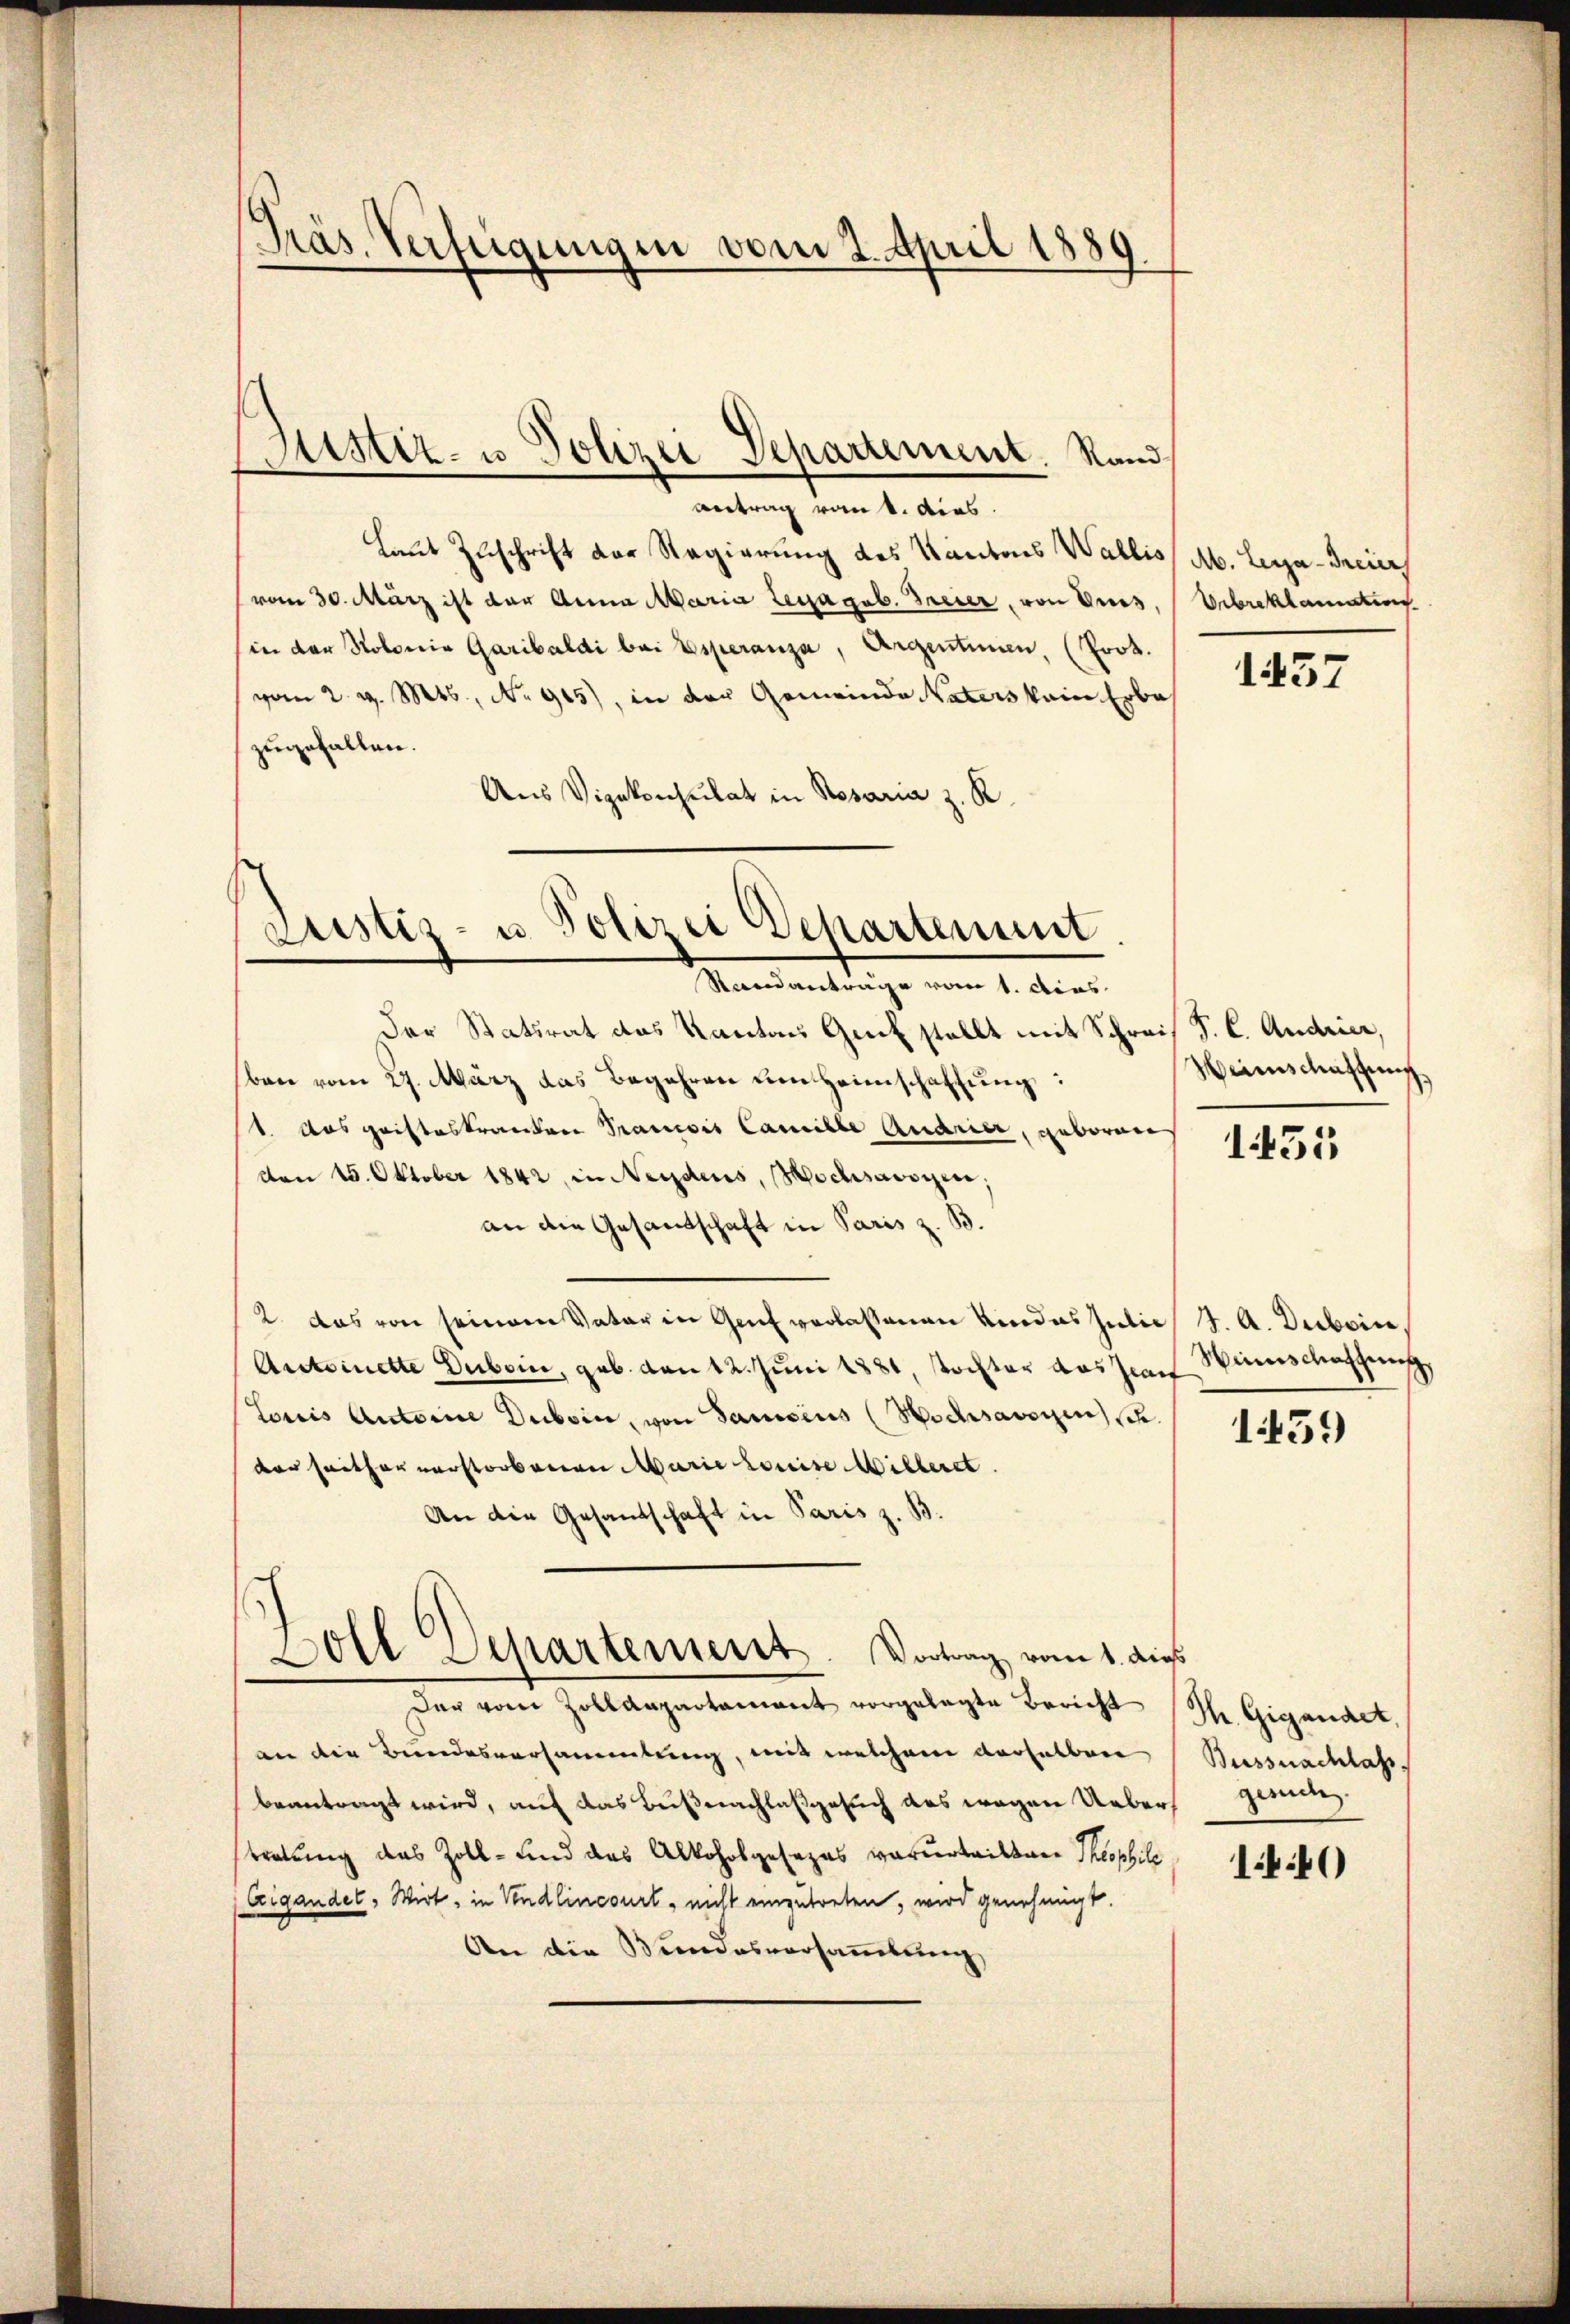
antrag vom 1. dies.
Laut Zuschrift vor Regierung des Kantons Wallis Ab. Leya-Freier
(vom 30. März ist der Anna Maria Leyagab. Freier, von Eues,
in der Notoria Garibaldi bei Esperanza, Argentinen, (Prot.
vom 2. d. Mts., No 915), in der Gemeinde Vaters kein Erbe
zugefallen.
Aus Vizekonsulat in Rosaria z. R.

Präs. Verfügungen vom 2. April 1889

Justiz- u. Polizei Departement. Rand

Justiz- u. Polizei Departement
Randantrage vom 1. dies

Der Statsrat das Kantons Genf stellt mit Schreis S. C. Andrier,
ben vom 27. März das Begehren um Heimschaffung:
1. Aus geisteskranten Trauris Camille Quarier, geboren
don 15. Oktober 1842, in Neidens, Hochsavoyen;
an die Gesantschaft in Paris z. B.
2. Das von seinem Vater in Genf verlassenen Kindes Julii J. A. Duboin
Antoinette Duboin, geb. den 12. Juni 1881, stochter das Zeit
Loris Autorie Duboin, von Janisius (Hochsavoyen (S.
der seither verstorbenen Marie Louise Willeret
An die Gesandtschaft in Paris z. B.
Boll Separtement. Vortrag vom 1. dies
Der von Zolldepartament vorgelegte Bericht
an die Bundesversammlung, mit welchem derselben
beantragt wird, auf das Büßnachlaßgesuch des wegen Uebers gerich
tretung das Zoll- und das Alkoholgesezes verurteilten Theophili
Eigandel, Wirt, in Vendlincourt, nicht eingetreten, wird genehmigt.
An die Bundesversammlung

Vebreklamation.

1437

Weinschaffung

1451

Winschaffung,

1459

Th. Gigandet,
Bussnachlass

14.40